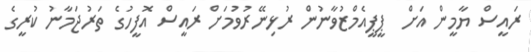
ރައީސް ޔާމީން އަށް  ޕީޕީއެމްޒުވާނުން ރުޅިނޭރުވުމަށް ރައީސް އޮފީހުގެ ތަރުޖަމާނު ކުރީގެ